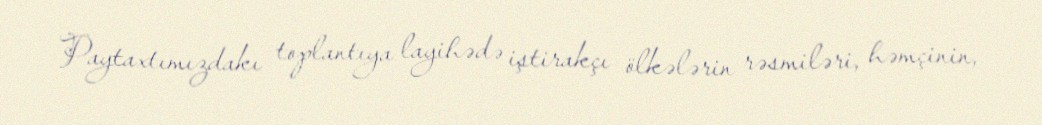
Paytaxtımızdakı toplantıya layihədə iştirakçı ölkələrin rəsmiləri, həmçinin,